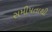
સમીપતાથી